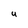
Character: u